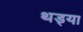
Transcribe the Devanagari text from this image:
थड्या